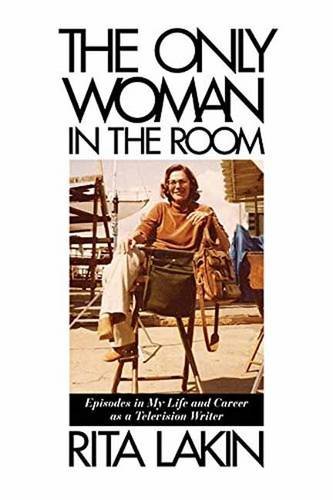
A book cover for The Only Woman in the Room: Episodes in My Life and Career as a Television Writer; Rita Lakin; Humor & Entertainment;